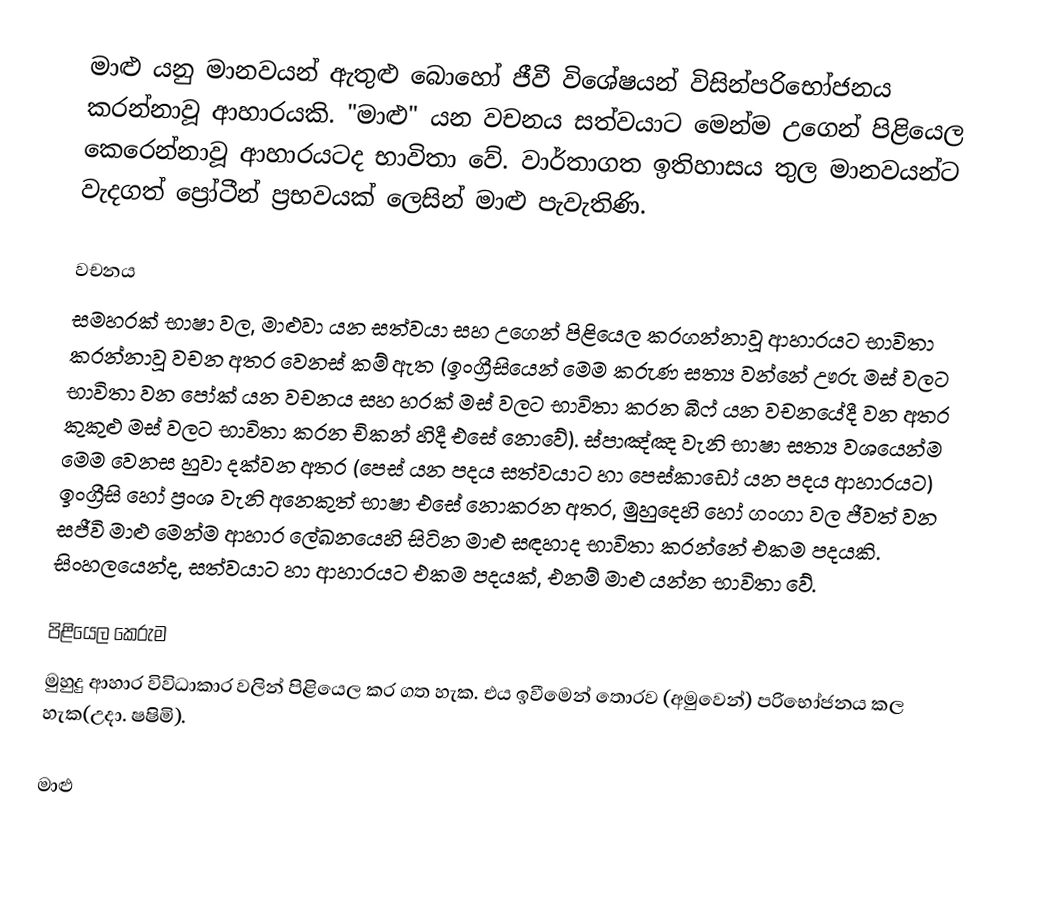
මාළු යනු මානවයන් ඇතුළු බොහෝ ජීවී විශේෂයන් විසින්පරිභෝජනය කරන්නාවූ   ආහාරයකි. "මාළු" යන වචනය සත්වයාට මෙන්ම උගෙන් පිළියෙල කෙරෙන්නාවූ ආහාරයටද භාවිතා වේ. වාර්තාගත ඉතිහාසය තුල මානවයන්ට වැදගත් ප්‍රෝටීන් ප්‍රභවයක් ලෙසින් මාළු පැවැතිණි.

වචනය
සමහරක් භාෂා වල, මාළුවා යන සත්වයා සහ උගෙන් පිළියෙල කරගන්නාවූ ආහාරයට භාවිතා කරන්නාවූ වචන අතර වෙනස් කම් ඇත  (ඉංග්‍රීසියෙන් මෙම කරුණ සත්‍ය වන්නේ ඌරු මස්  වලට භාවිතා වන පෝක් යන වචනය සහ  හරක් මස්  වලට භාවිතා කරන බීෆ්  යන වචනයේදී වන අතර  කුකුළු මස් වලට භාවිතා කරන චිකන් හිදී එසේ නොවේ).  ස්පාඤ්ඤ වැනි භාෂා සත්‍ය වශයෙන්ම මෙම වෙනස හුවා දක්වන අතර  (පෙස් යන පදය සත්වයාට හා පෙස්කාඩෝ යන පදය ආහාරයට) ඉංග්‍රීසි හෝ ප්‍රංශ වැනි අනෙකුත් භාෂා එසේ නොකරන අතර, මුහුදෙහි හෝ ගංගා වල ජීවත් වන සජීවි මාළු මෙන්ම ආහාර ලේඛනයෙහි සිටින මාළු සඳහාද භාවිතා කරන්නේ එකම පදයකි. සිංහලයෙන්ද, සත්වයාට හා ආහාරයට එකම පදයක්, එනම් මාළු යන්න භාවිතා වේ.

පිළියෙල කෙරුම
මුහුදු ආහාර විවිධාකාර වලින් පිළියෙල කර ගත හැක. එය ඉවීමෙන් තොරව (අමුවෙන්) පරිභෝජනය කල හැක(උදා. ෂෂිමි).

මාළු